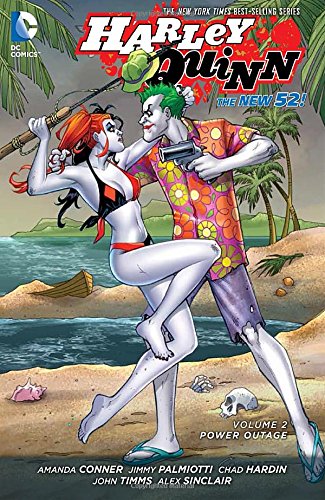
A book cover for Harley Quinn Vol. 2: Power Outage (The New 52); Amanda Conner; Comics & Graphic Novels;